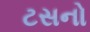
ટસનો